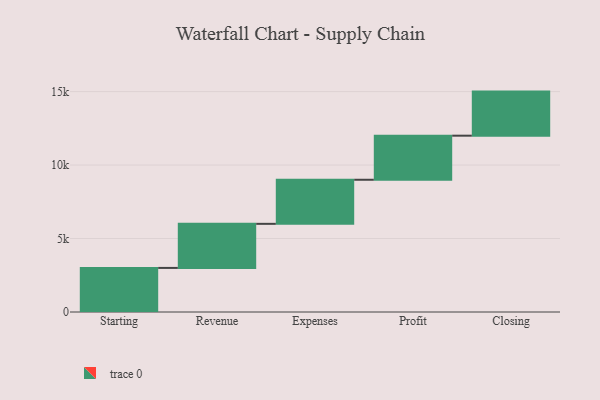
{"axis": {"x": "Step", "y": "Value"}, "legend": [""], "data": [{"x": "Starting", "y": 3000, "type": ""}, {"x": "Revenue", "y": 3000, "type": ""}, {"x": "Expenses", "y": 3000, "type": ""}, {"x": "Profit", "y": 3000, "type": ""}, {"x": "Closing", "y": 3000, "type": ""}]}